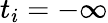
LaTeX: t_{i}=-\infty